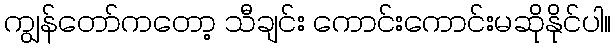
ကျွန်တော်ကတော့ သီချင်း ကောင်းကောင်းမဆိုနိုင်ပါ။